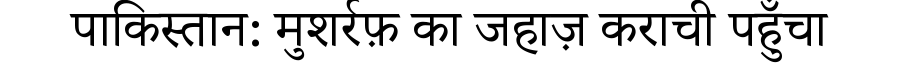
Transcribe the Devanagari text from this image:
पाकिस्तान: मुशर्रफ़ का जहाज़ कराची पहुँचा